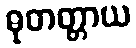
ဓုတတ္တာယ